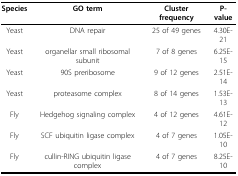
<table><thead><tr><td><b>Species</b></td><td><b>GO term</b></td><td><b>Cluster frequency</b></td><td><b>P-value</b></td></tr></thead><tbody><tr><td>Yeast</td><td>DNA repair</td><td>25 of 49 genes</td><td>4.30E-21</td></tr><tr><td>Yeast</td><td>organellar small ribosomal subunit</td><td>7 of 8 genes</td><td>6.25E-15</td></tr><tr><td>Yeast</td><td>90S preribosome</td><td>9 of 12 genes</td><td>2.51E-14</td></tr><tr><td>Yeast</td><td>proteasome complex</td><td>8 of 14 genes</td><td>1.53E-13</td></tr><tr><td>Fly</td><td>Hedgehog signaling complex</td><td>4 of 12 genes</td><td>4.61E-12</td></tr><tr><td>Fly</td><td>SCF ubiquitin ligase complex</td><td>4 of 7 genes</td><td>1.05E-10</td></tr><tr><td>Fly</td><td>cullin-RING ubiquitin ligase complex</td><td>4 of 7 genes</td><td>8.25E-10</td></tr></tbody></table>